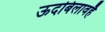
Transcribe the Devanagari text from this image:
ऊदबिलावहै